system: You are a helpful assistant.
user:
Analyze the provided spectrum to determine if it is a **M-type Giant (gM)**.

A M-type Giant spectrum is defined by its **strong molecular absorption** features, particularly from **Titanium Oxide (TiO)**. You must check for one of the following mutually exclusive signatures:

- **Key Visual Indicators (Absorption-Dominated Spectrum):**

    - **(Primary):** The spectrum is dominated by strong molecular absorption from **Titanium Oxide (TiO)**. This is the **defining feature** of its M-type temperature class.
        - **(Key Bandheads):** Look for sharp, "saw-tooth" absorption valleys. The strongest are located near **~7050 Å**, **~6160 Å**, and **~5170 Å**.
        - **(Line Profile):** The "saw-tooth" morphology is critical: a **sharp, steep drop on the BLUE (short-wavelength) side** of the bandhead, followed by a gradual recovery (rising flux) towards the RED (long-wavelength) side.

    - **(Key Confirmation - Giant vs. Dwarf):** **ABSENCE** of strong **Calcium Hydride (CaH)** molecular bands. This is the primary diagnostic for *excluding* M-dwarfs.
        - **(Key Region):** The spectrum should lack the strong, broad absorption band seen in dwarfs between **~6800 Å and ~7000 Å**.

    - **(Secondary Confirmation - Giant):** A very strong and broad **Neutral Calcium (Ca I)** atomic absorption line.
        - **(Key Line):** Located at **~4226 Å**. In a giant (gM), this line is significantly deeper and broader than the same line in an M-dwarf (dM) due to low surface gravity.

    - **(Overall Spectrum):**
        - The continuum is **extremely red-sloping** (i.e., flux is very low in the blue and rises dramatically towards the red).
        - The entire spectrum appears "chopped up" by the deep TiO bands.

Think first, call **spectral_visualization_tool** if needed to examine features in detail, then provide your final answer. Your response must adhere to the following strict rules:
1.  **Overall Structure:** Your response must follow the format `<think>...</think> <tool_call>...</tool_call> (if a tool is used) <answer>...</answer>`.
2.  **Tool Usage Constraint:** You may only make **one** tool call per turn.
3.  **Final Answer Format:** In the `<answer>` tag, your conclusion must be inside a `\boxed{}` command (e.g., `\boxed{YES}` or `\boxed{NO}`), followed by your justification.

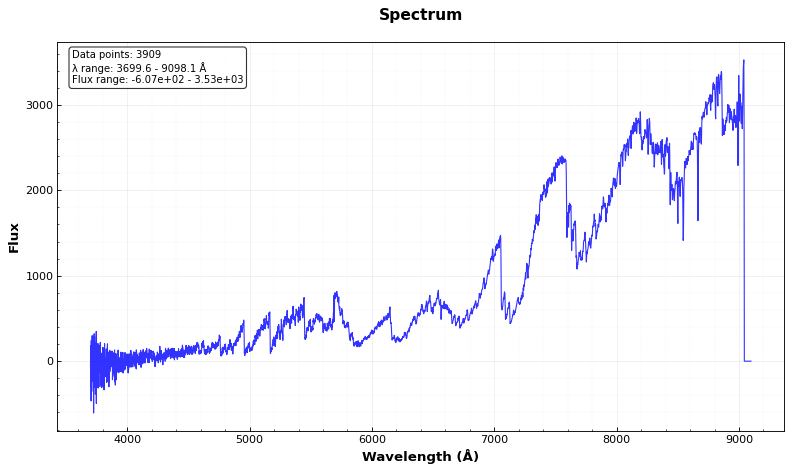
Answer: YES